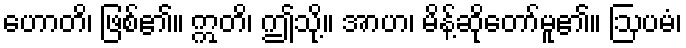
ဟောတိ၊ ဖြစ်၏။ ဣတိ၊ ဤသို့။ အာဟ၊ မိန့်ဆိုတော်မူ၏။ ဩပမံ၊